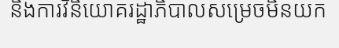
និងការវិនិយោគរដ្ឋាភិបាលសម្រេចមិនយក